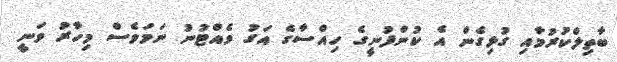
ބާތިލްކުރުމާއި ގުޅިގެން އެ ކުންފުނީގެ ހިއްސާގެ އަގު ވެއްޓުނު ނަމަވެސް މިހާރު ވަނީ